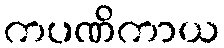
ကပဏိကာယ